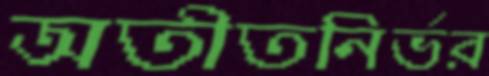
অতীতনির্ভর